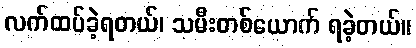
လက်ထပ်ခဲ့ရတယ်၊ သမီးတစ်ယောက် ရခဲ့တယ်။